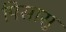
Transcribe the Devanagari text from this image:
पिसासु